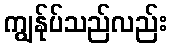
ကျွန်ုပ်သည်လည်း